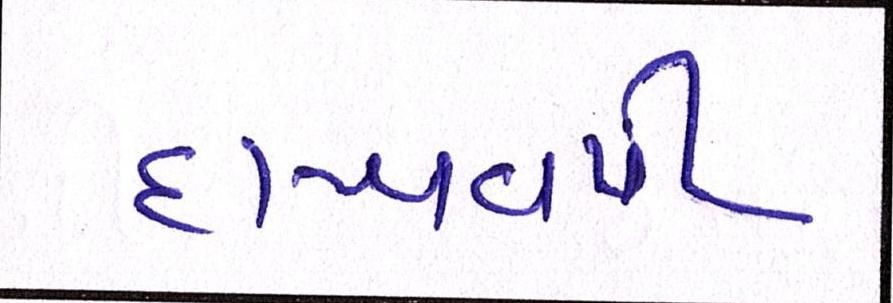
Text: દાખવવી